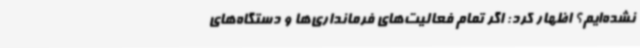
نشده‌ایم؟ اظهار کرد: اگر تمام فعالیت‌های فرمانداری‌ها و دستگاه‌های